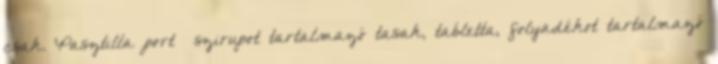
csak. Pasztilla port szirupot tartalmazó tasak, tabletta, folyadékot tartalmazó